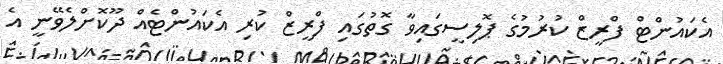
އެކައުންޓް ފްރީޒް ކުރުމުގެ ޕޮލިސީގައިވާ ގޮތުގައި ފްރީޒް ކުރި އެކައުންޓެއް ދޫކޮށްލެވޭނީ އެ